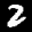
Label: 2